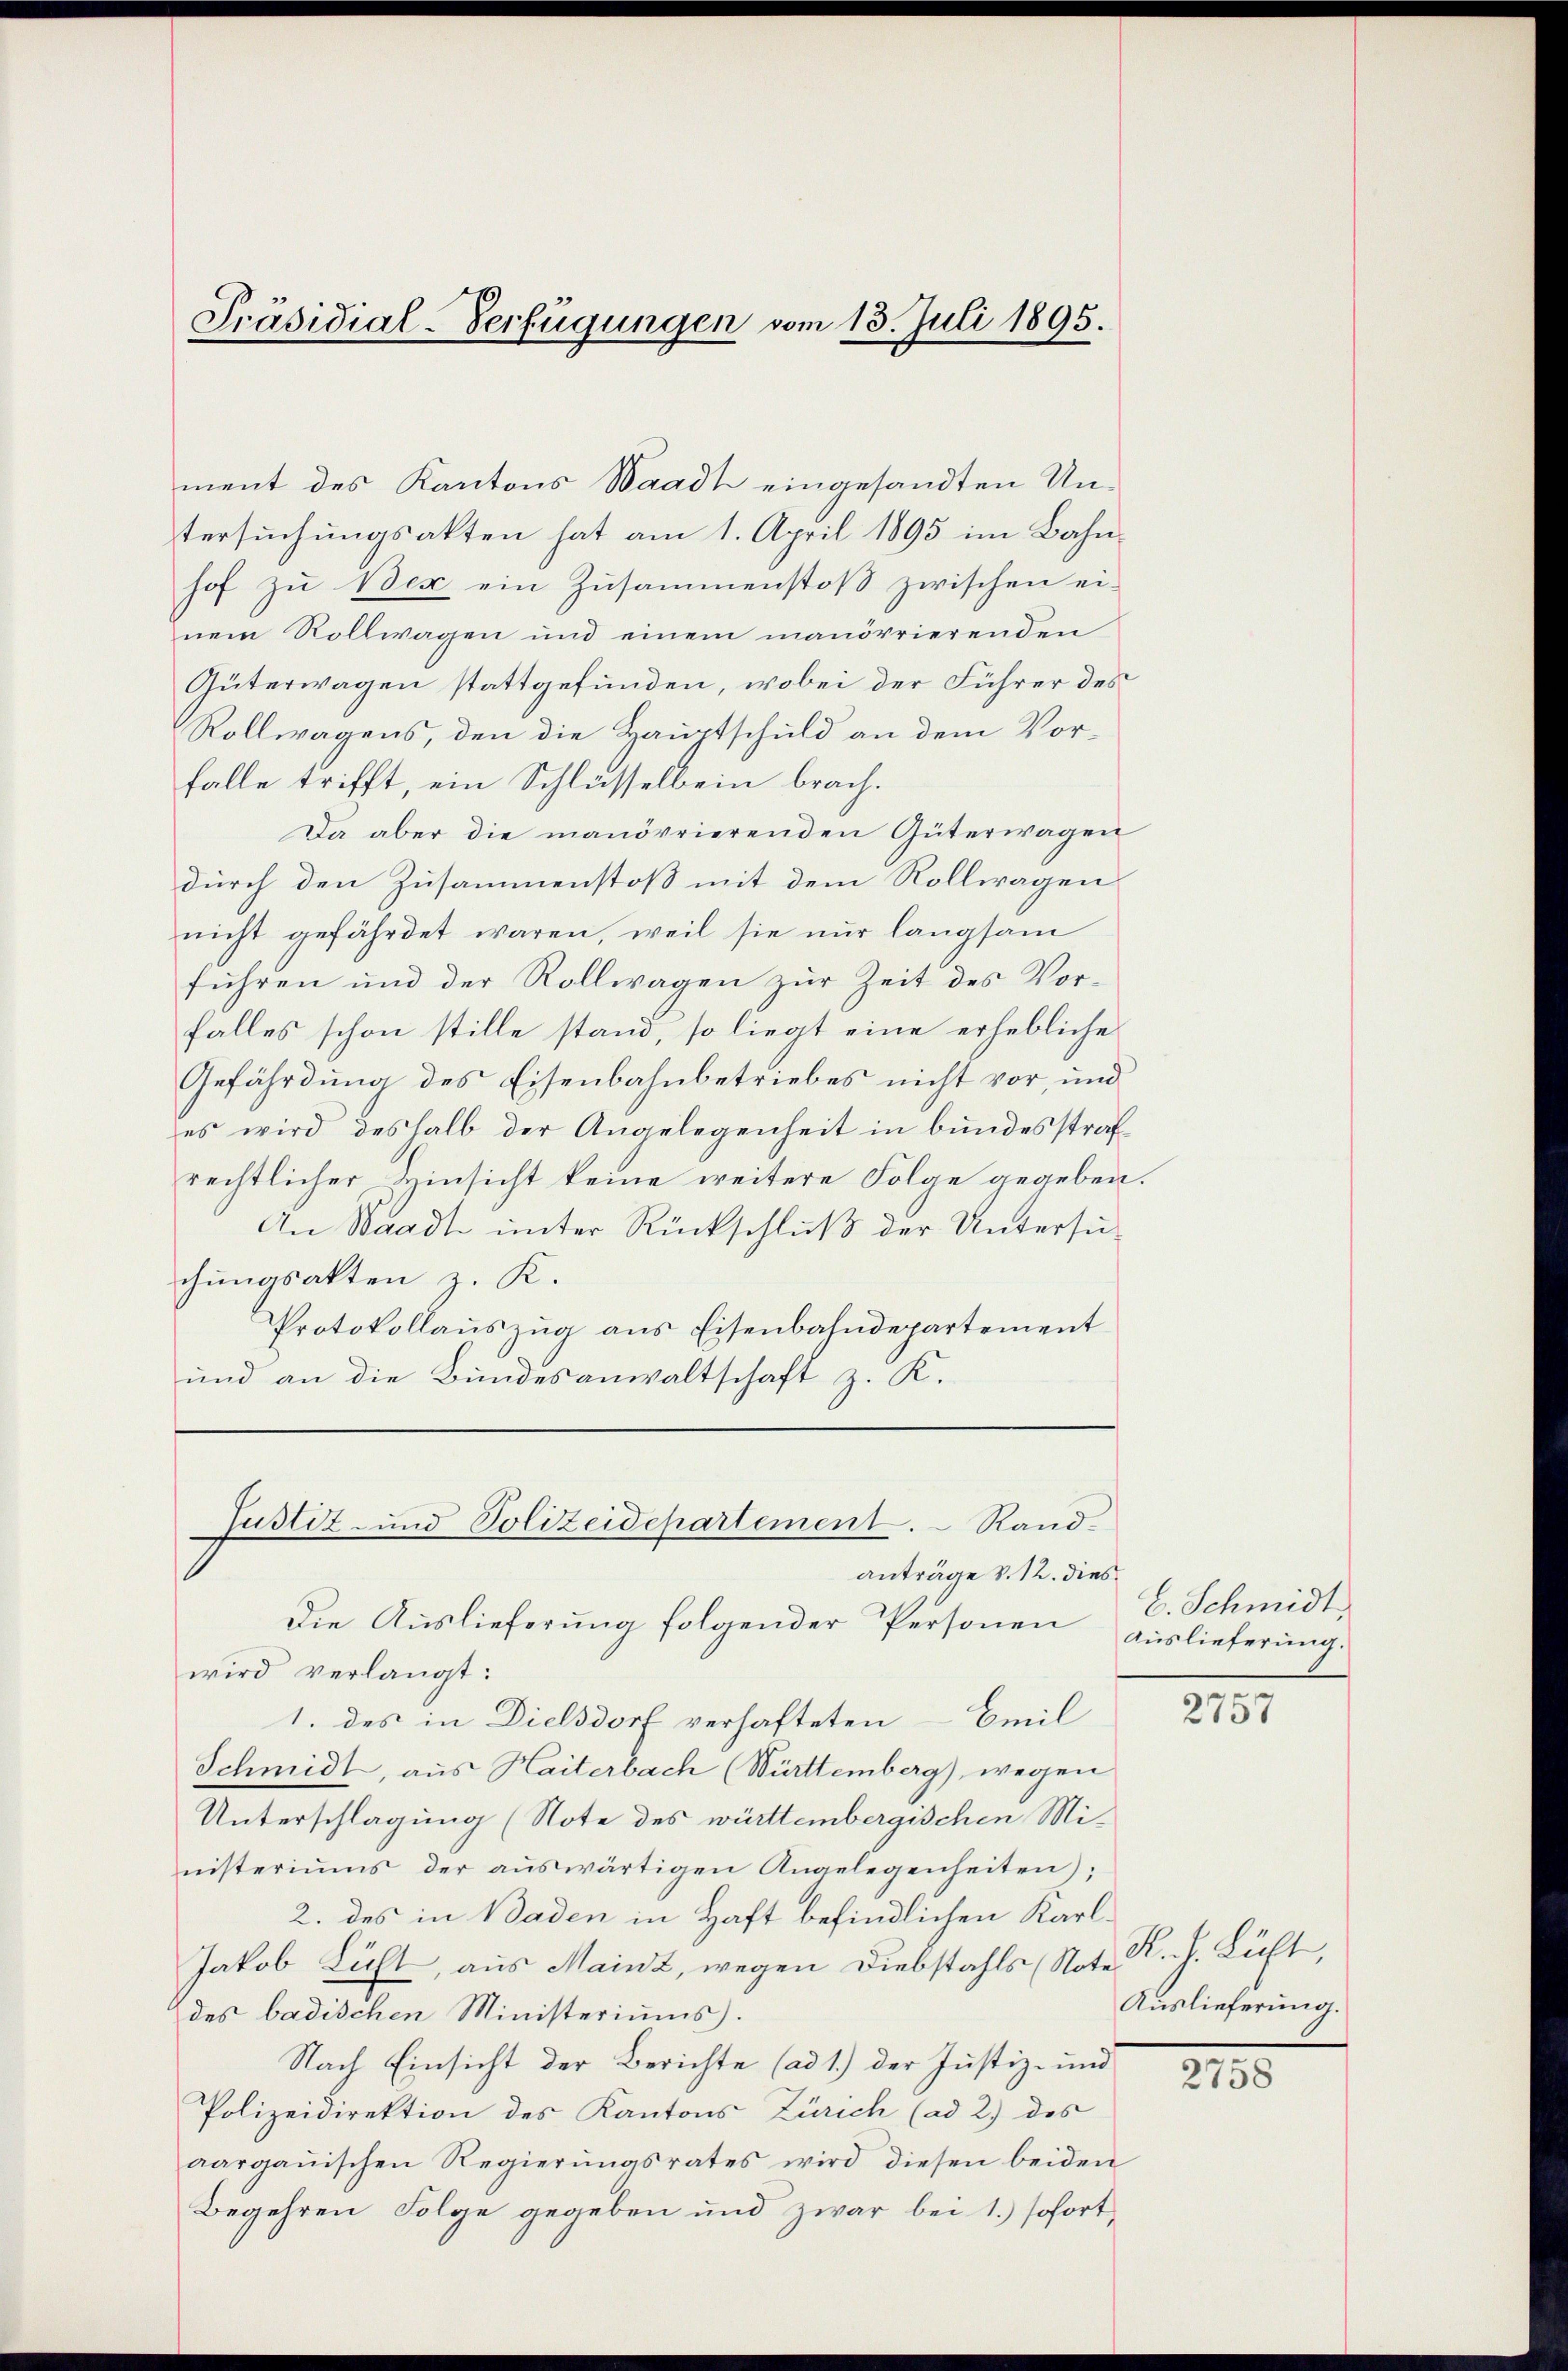
Präsidial-Verfügungen vom 13. Juli 1895.

ment des Kantons Waadt eingesandten Untersuchungsakten hat am 1. April 1895 im Bahnhof zu Bex ein Zusammenstoß zwischen ei-
nem Rollwagen und einem manövrierenden
Güterwagen stattgefunden, wobei der Führer des
Rollwagens, den die Hauptschuld an dem Vor-
falle trifft, ein Schlüsselbein brach.
Da aber die manövrierenden Güterwagen
durch den Zusammenstoß mit dem Rollwagen
nicht gefährdet waren, weil sie nur langsam
führen und der Rollwagen zur Zeit des Vorfalles schon stille stand, so liegt eine erhebliche
Gefährdung des Eisenbahnbetriebes nicht vor, und
es wird deshalb der Angelegenheit in bundesstrafrechtlicher Hinsicht keine weitere Folge gegeben.
An Waadt unter Rückschluß der Untersuchungsakten z. K.
Protokollauszug aus Eisenbahndepartement
und an die Bundesanwaltschaft z. K.

Justiz- und Polizeidepartement. Randanträge v. 12. dies

Die Auslieferung folgender Personen Auslieferung.
wird verlangt:
1. des in Dielsdorf verhafteten - Emil
Schmidt, aus Haiterbach (Württemberg), wegen
Unterschlagung (Note des württembergischen Mi-
nisteriums der aŭswärtigen Angelegenheiten);
2. des in Baden in Haft befindlichen Karl¬
Jakob Licht, aus Mainz, wegen Diebstahls (Note.
des badischen Ministeriums.
Nach Einsicht der Berichte (ad 1.) der Justiz- und
Polizeidirektion des Kantons Zürich (ad 2) des
aargauischen Regierŭngsrates wird diesen beiden
Begehren Folge gegeben und zwar bei 1.) sofort,

E. Schmidt,

2757

R. V. Licht,
Auslieferung.
2758